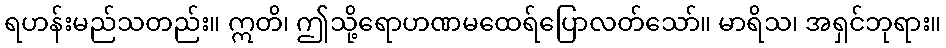
ရဟန်းမည်သတည်း။ ဣတိ၊ ဤသို့ရောဟဏမထေရ်ပြောလတ်သော်။ မာရိသ၊ အရှင်ဘုရား။